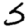
Digit: 5